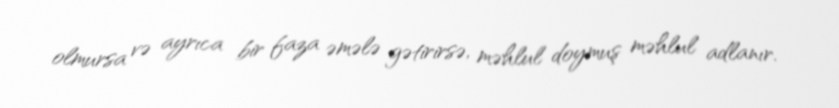
olmursa və ayrıca bir faza əmələ gətirirsə, məhlul doymuş məhlul adlanır.